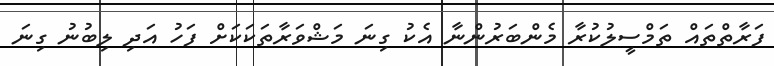
ފަރާތްތައް ތަމްސީލުކުރާ މެންބަރުންނާ އެކު ގިނަ މަޝްވަރާތަކަކަށް ފަހު އަދި ލިބުނު ގިނަ